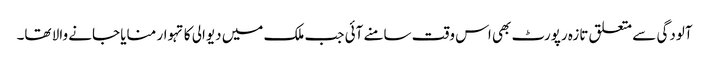
آلودگی سے متعلق تازہ رپورٹ بھی اس وقت سامنے آئی جب ملک میں دیوالی کا تہوار منایا جانے والا تھا۔